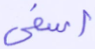
أسفى